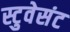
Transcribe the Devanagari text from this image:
स्टुवेसंट